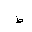
Letter: _da